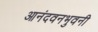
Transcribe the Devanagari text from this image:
आनंदवनभुवनी